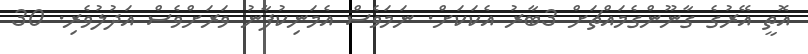
އޮތީ އޭރުގެ ގާނޫންގެމައްޗަށް 3ބާރު އެކަކަށް. ނަމަވެސް އެމަނިކުފާނު ވަރަށްވެސް އަދުލުވެރި. 30